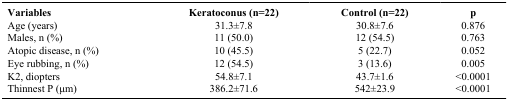
<table><thead><tr><td><b>Variables</b></td><td><b>Keratoconus (n=22)</b></td><td><b>Control (n=22)</b></td><td><b>p</b></td></tr></thead><tbody><tr><td>Age (years)</td><td>31.3±7.8</td><td>30.8±7.6</td><td>0.876</td></tr><tr><td>Males, n (%)</td><td>11 (50.0)</td><td>12 (54.5)</td><td>0.763</td></tr><tr><td>Atopic disease, n (%)</td><td>10 (45.5)</td><td>5 (22.7)</td><td>0.052</td></tr><tr><td>Eye rubbing, n (%)</td><td>12 (54.5)</td><td>3 (13.6)</td><td>0.005</td></tr><tr><td>K2, diopters</td><td>54.8±7.1</td><td>43.7±1.6</td><td>&lt;0.0001</td></tr><tr><td>Thinnest P (μm)</td><td>386.2±71.6</td><td>542±23.9</td><td>&lt;0.0001</td></tr></tbody></table>